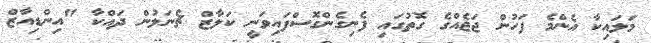
މަލައިކާ އެންމެ ފަހުން ޖަޖެއްގެ ގޮތުގައި ފެނިގެންގޮސްފައިވަނީ ކަލާޒް ޗެނަލުން ދައްކާ "އިންޑިއާޒް